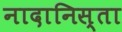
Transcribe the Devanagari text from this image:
नादानिस्ता